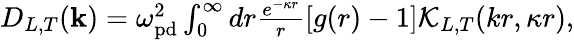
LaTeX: \begin{array}{r}{D_{L,T}({\mathbf k})=\omega_{\mathrm{pd}}^{2}\int_{0}^{\infty}dr\frac{e^{-\kappa r}}{r}[g(r)-1]{\cal K}_{L,T}(kr,\kappa r),}\end{array}